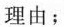
理由；